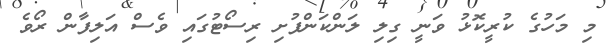
މި މަހުގެ ކުރީކޮޅު ވަނީ ގިލި ލަންކަންފުށި ރިސޯޓުގައި ވެސް އަލިފާން ރޯވެ